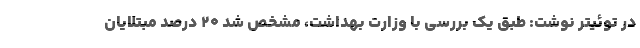
در توئیتر نوشت: طبق یک بررسی با وزارت بهداشت، مشخص شد ۲۰ درصد مبتلایان